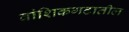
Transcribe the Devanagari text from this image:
वांशिकगटातील